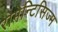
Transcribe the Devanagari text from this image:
रोमेन्टिसिज्म